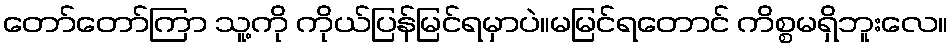
တော်တော်ကြာ သူ့ကို ကိုယ်ပြန်မြင်ရမှာပဲ။မမြင်ရတောင် ကိစ္စမရှိဘူးလေ။